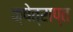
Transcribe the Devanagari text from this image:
क्षेत्राप्त